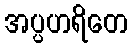
အပ္ပဟရိတေ